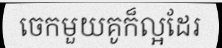
ចេកមួយគូក៏ល្អដែរ